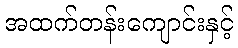
အထက်တန်းကျောင်းနှင့်